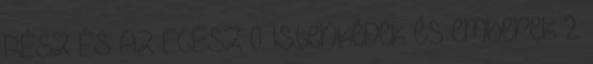
RÉSZ ÉS AZ EGÉSZ 0. Istenképek és emberek 2.